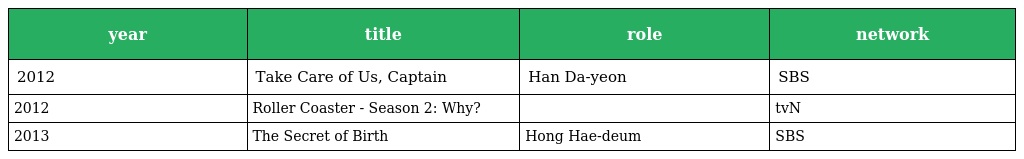
| year | title | role | network |
 | --- | --- | --- | --- |
 | 2012 | Take Care of Us, Captain | Han Da-yeon | SBS |
 | 2012 | Roller Coaster - Season 2: Why? |  | tvN |
 | 2013 | The Secret of Birth | Hong Hae-deum | SBS |